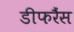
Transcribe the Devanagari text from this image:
डीफरैंस